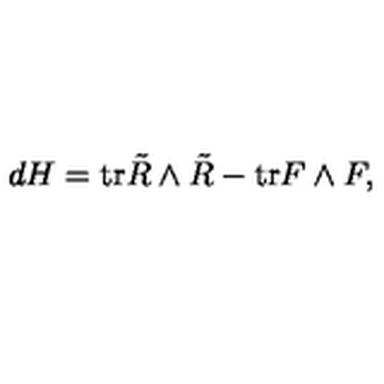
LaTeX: d H = \mathrm { t r } \tilde { R } \wedge \tilde { R } - \mathrm { t r } F \wedge F ,